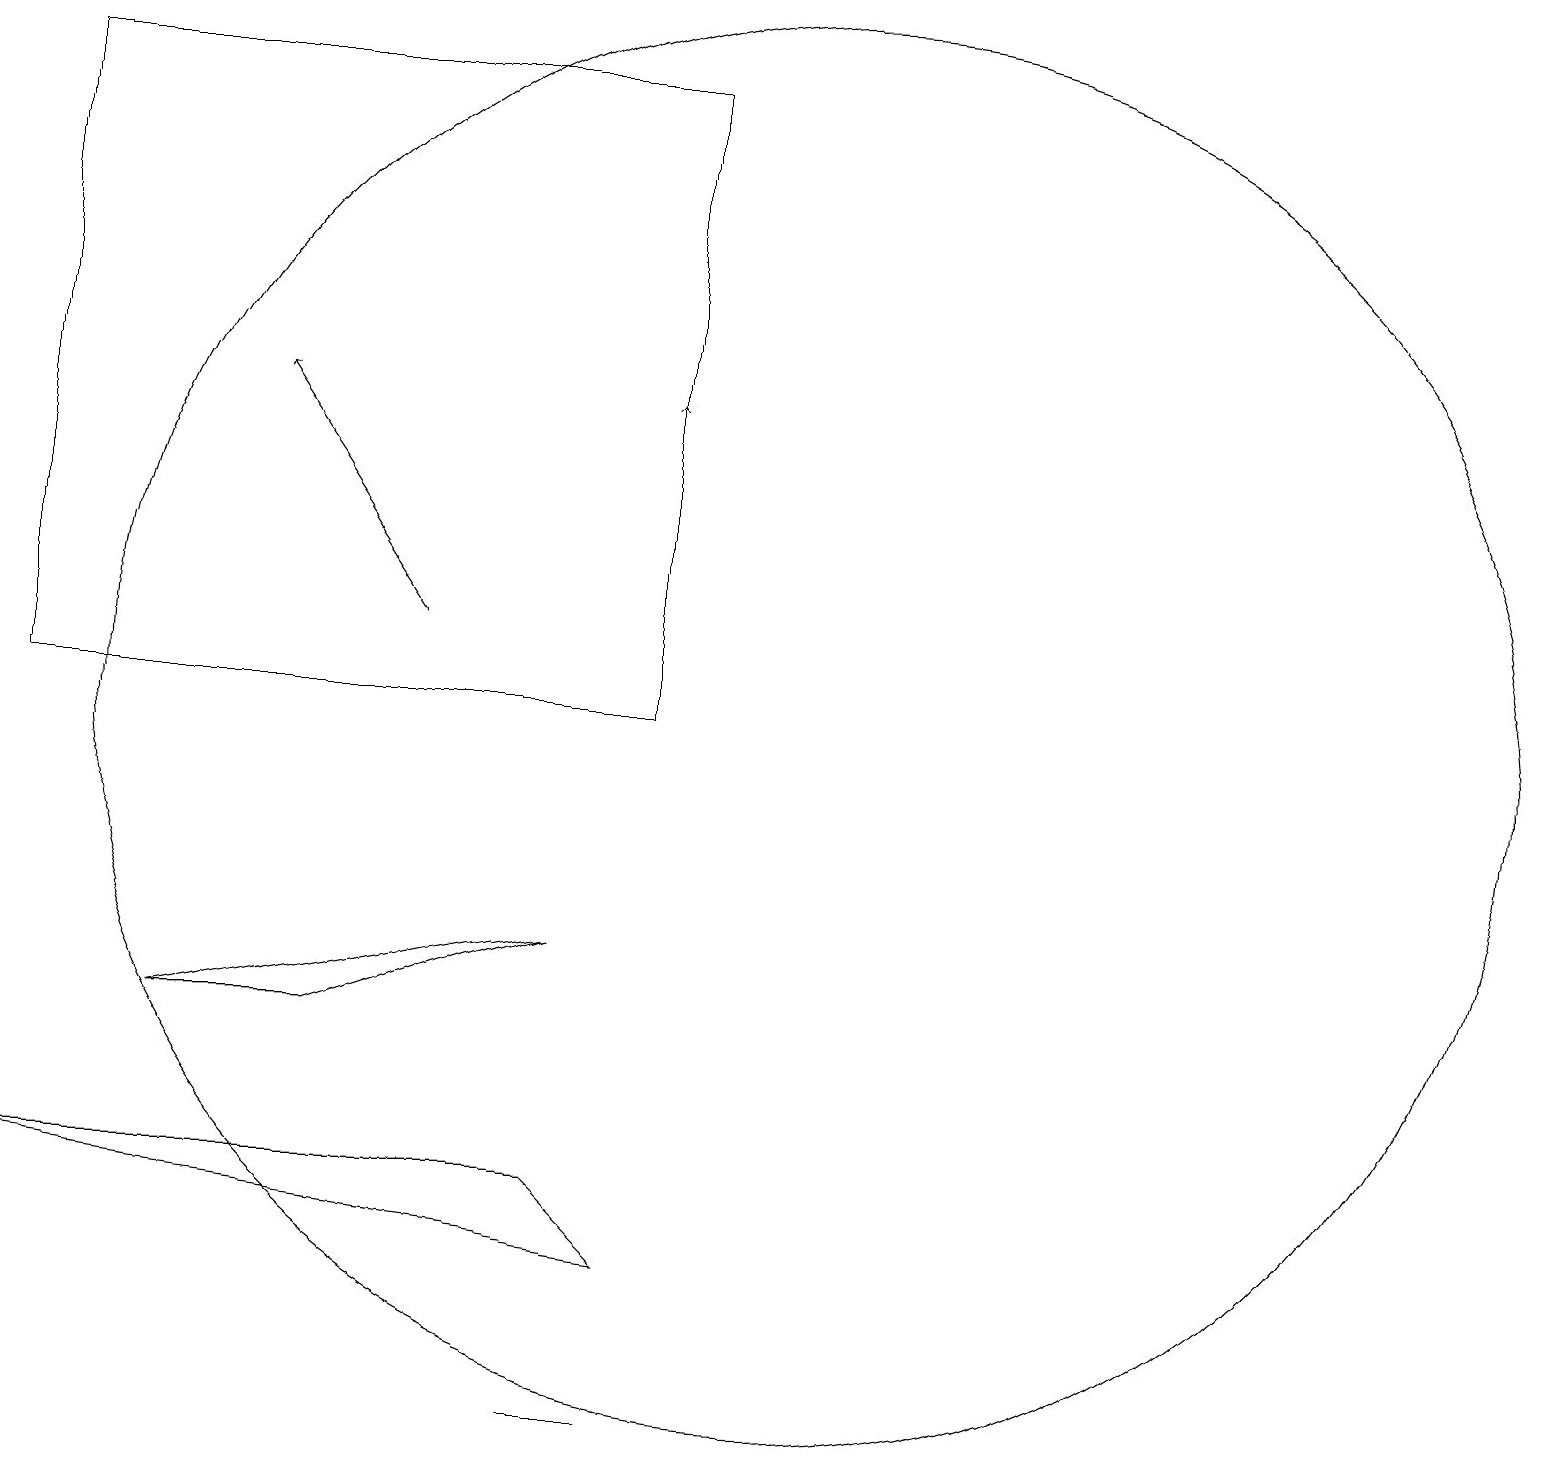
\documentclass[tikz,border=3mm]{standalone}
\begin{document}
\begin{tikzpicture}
\draw (8,5) -- (9,4) -- (1,5) -- cycle;
\draw[->] (9,12) -- (9,15);
\draw (5,7) -- (3,7) -- (8,8) -- cycle;
\draw (11,11) circle (9);
\draw[->] (6,12) -- (4,15);
\draw (9,11) rectangle (1,19);
\draw (8,2) -- (9,2) -- (8,2) -- cycle;
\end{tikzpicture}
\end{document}